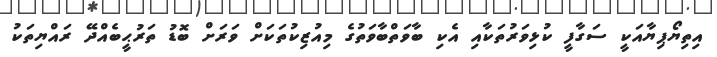
އިތިޔޯޕިޔާއަކީ ސަގާފީ ކުޅިވަރުތަކާއި އެކި ބާވަތްބާވަތުގެ މިއުޒިކުތަކަށް ވަރަށް ބޮޑު ތަރުޙީބެއްދޭ ރައްޔިތަކު